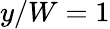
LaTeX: y/W=1